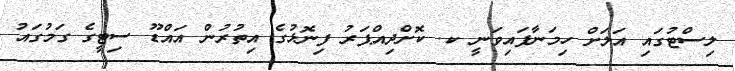
ލިސްޓުގައި އަލަށް ހިމަނާފައިވަނީ ކ. ކޮށްދިއްޕަރު ފިނޮޅުގެ އިތުރުން އައްޑޫ ސިޓީގެ ގަމުގައު